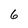
Character: 6